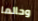
وحالما